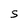
Character: S